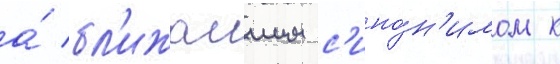
а́ бл'ижаишим с'ино́н'имом к